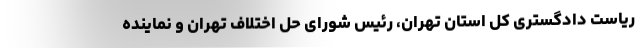
ریاست دادگستری کل استان تهران، رئیس شورای حل اختلاف تهران و نماینده